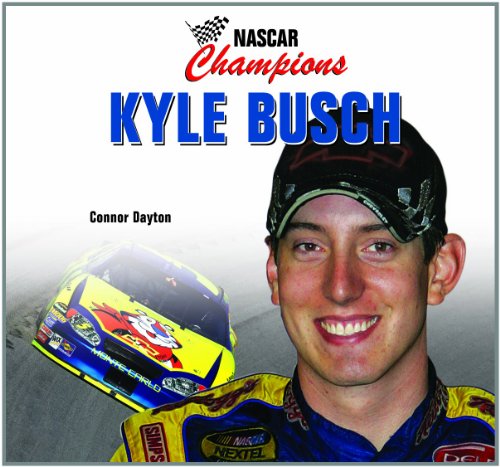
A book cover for Kyle Busch (Nascar Champions); Connor Dayton; Children's Books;